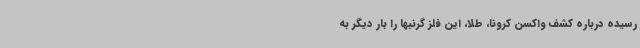
رسیده درباره کشف واکسن کرونا، طلا، این فلز گرنبها را بار دیگر به